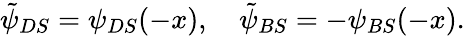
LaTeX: \begin{array}{r}{\tilde{\psi}_{DS}=\psi_{DS}(-x),~~~~\tilde{\psi}_{BS}=-\psi_{BS}(-x).}\end{array}